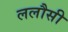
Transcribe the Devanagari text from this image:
ललौसी